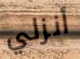
أنزلي